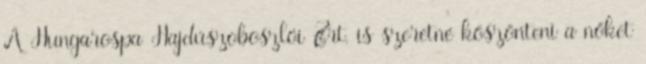
A Hungarospa Hajdúszoboszlói Zrt. is szeretné köszönteni a nőket